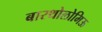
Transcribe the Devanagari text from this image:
बारथोलोमिऊ